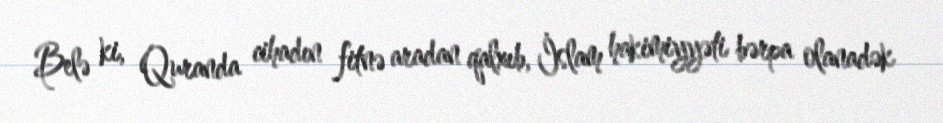
Belə ki, Quranda cihadın fitnə aradan qalxıb, İslam hakimiyyəti bərpa olanadək